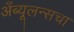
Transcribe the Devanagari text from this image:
अँब्यूलन्सचा